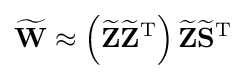
\mathbf {\widetilde {W}} \approx \left(\mathbf {\widetilde {Z}} \mathbf {\widetilde {Z}} ^{\mathrm {T} }\right)\mathbf {\widetilde {Z}} \mathbf {\widetilde {S}} ^{\mathrm {T} }